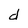
Character: d